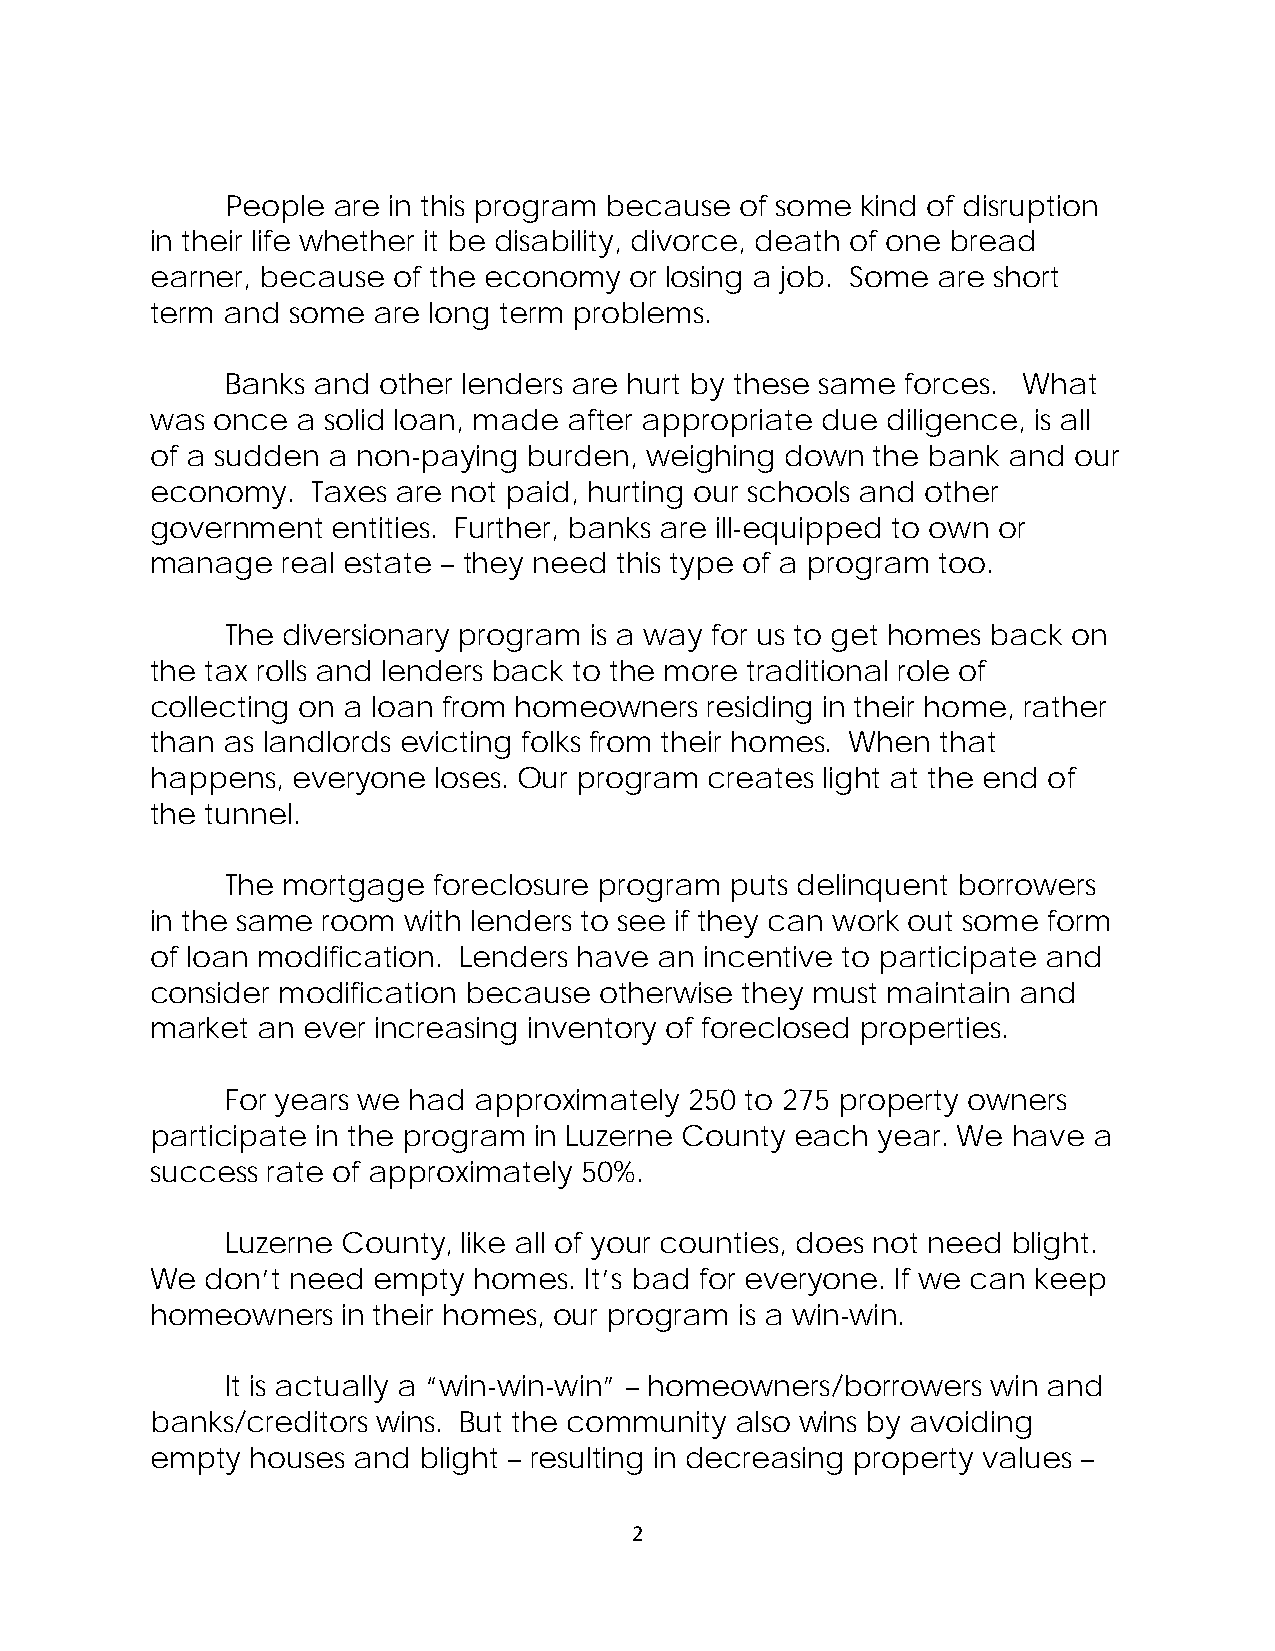
People are in this program because of some kind of disruption
 in their life whether it be disability, divorce, death of one bread
 earner, because of the economy  or losing a job. Some are short
 term and some  are long term problems.
 Banks and other lenders are hurt by these same forces. What
 was once  a solid loan, made after appropriate due diligence, is all
 of a sudden a non-paying burden, weighing down  the bank and our
 economy.   Taxes are not paid, hurting our schools and other
 government  entities. Further, banks are ill-equipped to own or
 manage   real estate – they need this type of a program too.
 The diversionary program is a way for us to get homes back on
 the tax rolls and lenders back to the more traditional role of
 collecting on a loan from homeowners residing in their home, rather
 than as landlords evicting folks from their homes. When that
 happens, everyone  loses. Our program creates light at the end of
 the tunnel.
 The mortgage  foreclosure program puts delinquent borrowers
 in the same room with lenders to see if they can work out some form
 of loan modification. Lenders have an incentive to participate and
 consider modification because otherwise they must maintain and
 market an ever increasing inventory of foreclosed properties.
 For years we had approximately 250 to 275 property owners
 participate in the program in Luzerne County each year. We have a
 success rate of approximately 50%.
 Luzerne County, like all of your counties, does not need blight.
 We  don’t need empty homes.  It’s bad for everyone. If we can keep
 homeowners   in their homes, our program is a win-win.
 It is actually a “win-win-win” – homeowners/borrowers win and
 banks/creditors wins. But the community also wins by avoiding
 empty  houses and blight – resulting in decreasing property values –
 2